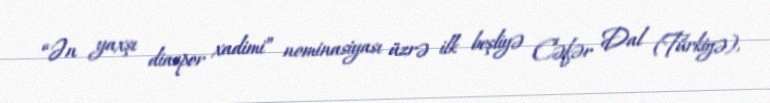
“Ən yaxşı diaspor xadimi” nominasiyası üzrə ilk beşliyə Cəfər Dal (Türkiyə),